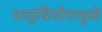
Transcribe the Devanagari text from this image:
मातृवियोगामुळे